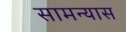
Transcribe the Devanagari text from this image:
सामन्यास